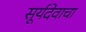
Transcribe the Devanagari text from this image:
सूर्यदेवाचा